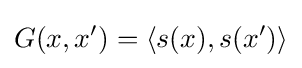
G(x,x')=\langle s(x),s(x')\rangle